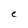
Character: C